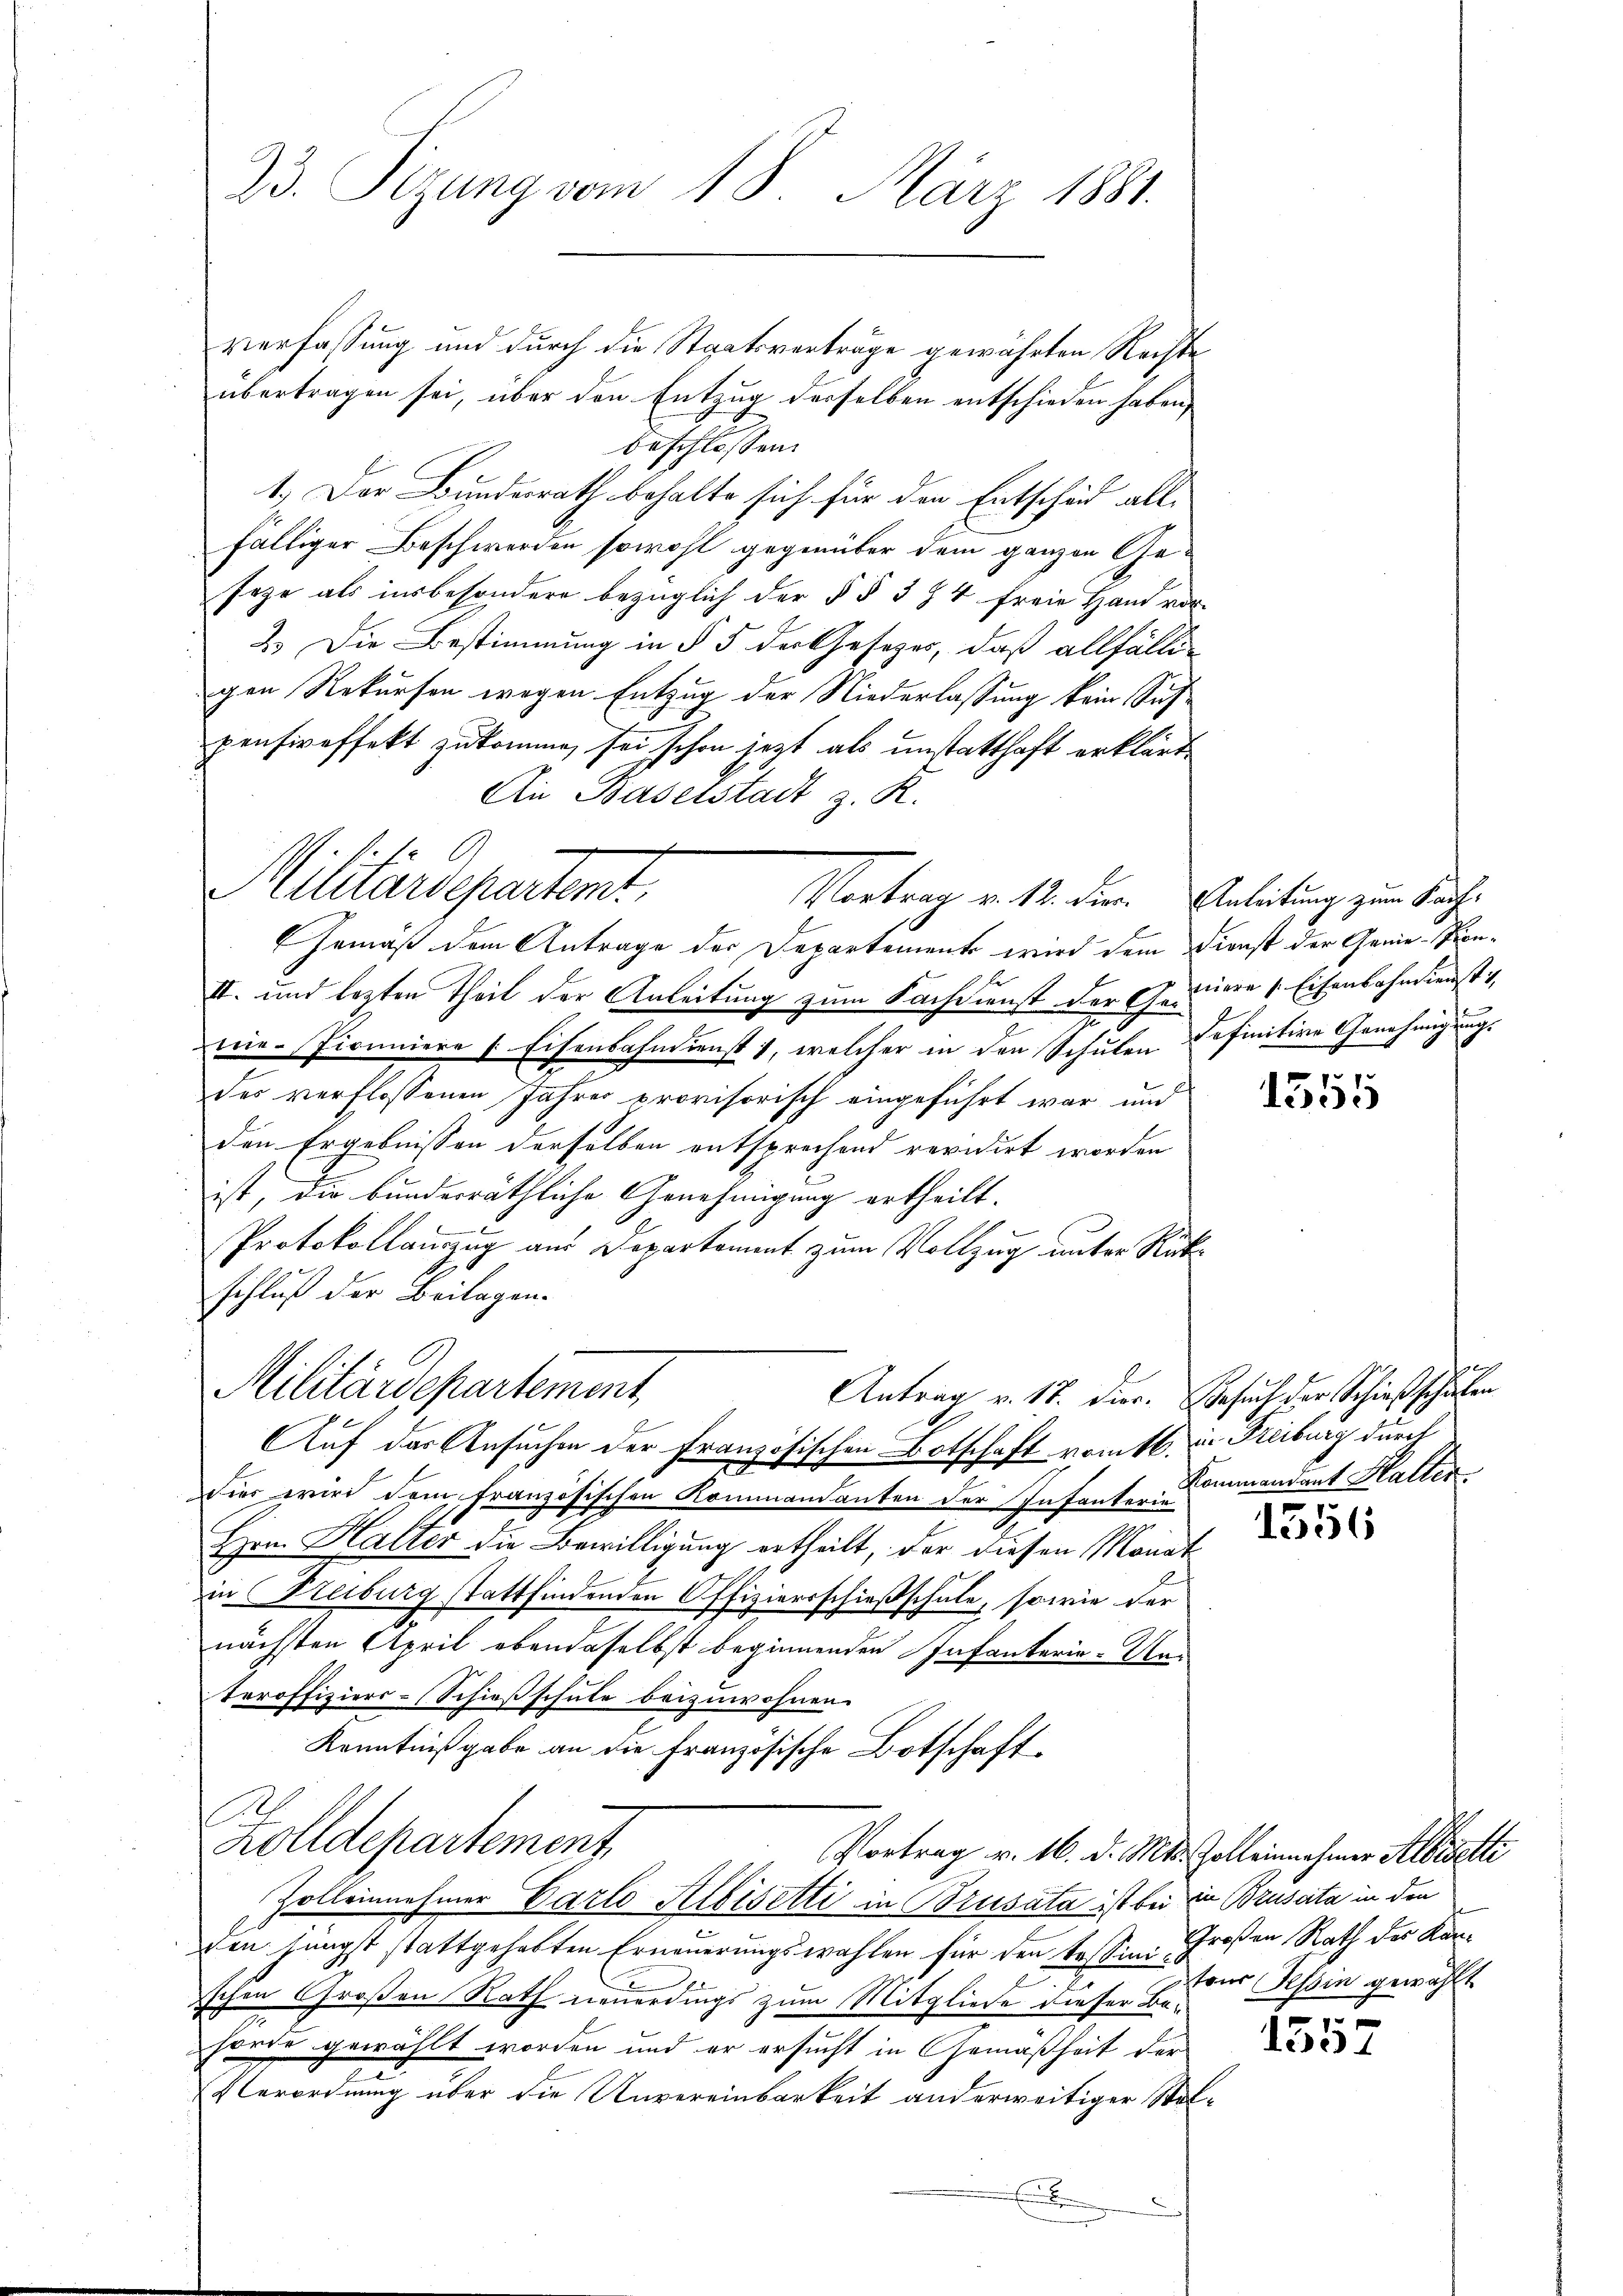
23. Sizung vom 18. März 1881.

verfassung und durch die Staatsverträge gewährten Rechte
übertragen sei, über den Entzug derselben entschieden haben,
beschlossen:
1.) Der Bundesrath behalte sich für den Entscheid allfälliger Beschwerden sowohl gegenüber dem ganzen Geseze als insbesondere bezüglich der § § 3 & 4 freie Hand vor-
2.) Die Bestimmung in § 5 der Gesetzes, daß allfälli-
gen Rekursen wegen Entzug der Niederlassung kein Sichpensireffekt zukomme, sei schon jetzt als unstatthaft erklärt
An Baselstadt z. R.

Militärdepartent
Vortrag v. 12. dir. Anleitung zum Sache

Militärdepartement,
Auf das Ansuchen der Französischen Botschaft romtl. in Freiburg de

Gemäß dem Antrage der Departements wird dem Dienst der Genie-Pon¬
II. und lezten Theil der Anleitung zum Nachdienst der Geniere Eisenbahndienst
nie-Picuniere Eisenbahndienst, welcher in den Schulen
des verflossenen Jahres provisorisch eingeführt war und
den Ergebnissen derselben entsprechend revidirt worden
ist, die bunderräthliche Genehmigung ertheilt.
Protokollauszug aus Departement zum Vollzug unter Rückschluß der Beilagen.
dier wird dem Französischen Kommandanten der Infanter Kommandant Haller.
Hrn. Halter die Bewilligung ertheilt, der diesen Monat
in Freiburg stattfindenden Offiziersschießschule, so wie der
nächsten April ebendaselbst beginnenden Infanterie-Un
teroffiziers-Schießschule beizuwohnen.
Kenntnißgabe an die französische Botschaft,
e
Zolldepartement
Vortrag v. 16. d. Mts. Zolleinnahmer Albisetti
Zolleinnehmer Garte Albisetti in Brusata ist bei in Bruscita in den
in jüngst stattgehabten Erneuerungswahlen für den tessine Großen Rath der Konschen Großen Rath neuerdings zum Mitgliede dieser Behörde gewählt worden und er ersucht in Gemäßheit der
Verordnung über die Unvereinbarkeit anderweitiger Stel¬

Antrag v. 17. Dier. Gesuch der Schießschulen

definitive Genehmigung.

1555

1556

tons Tessin gewählt

e
1537